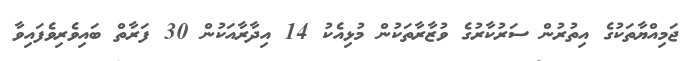
ޖަމިއްޔާތަކުގެ އިތުރުން ސަރުކާރުގެ ވުޒާރާތަކުން މުޅިއެކު 14 އިދާރާއަކުން 30 ފަރާތް ބައިވެރިވެފައިވާ